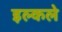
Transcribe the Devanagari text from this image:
इल्कले